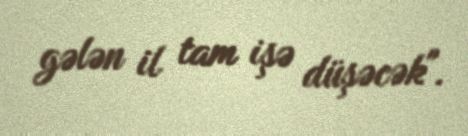
gələn il tam işə düşəcək".